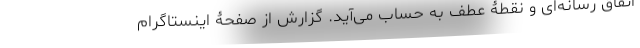
اتفاق رسانه‌ای و نقطۀ عطف به حساب می‌آید. گزارش از صفحۀ اینستاگرام